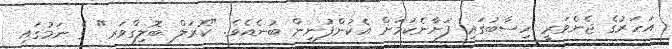
އަހަރުގެ ޖެނެވަރީ ހިސާބުގައި ފަށާނެކަމަށް އެކުންފުނިން ބުނެއެވެ. "ކޮރަލް ބޮލިގްވަރ" ގެ ނަމުގައި